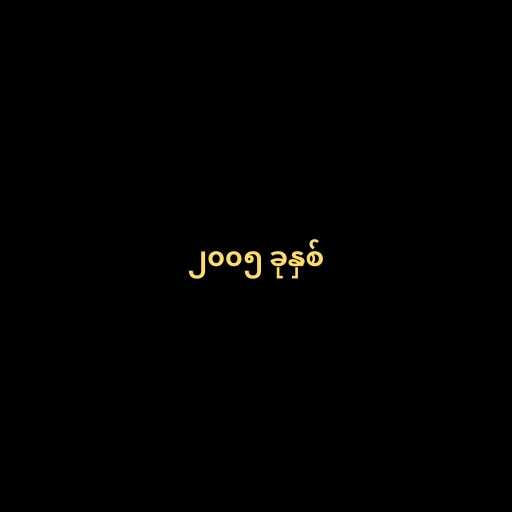
၂၀၀၅ ခုနှစ်